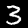
Digit: 3